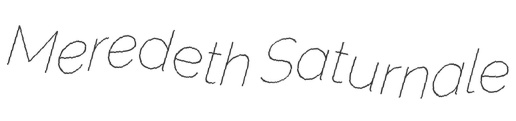
Meredeth Saturnale